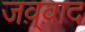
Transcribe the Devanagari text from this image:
जव़्व़ाद